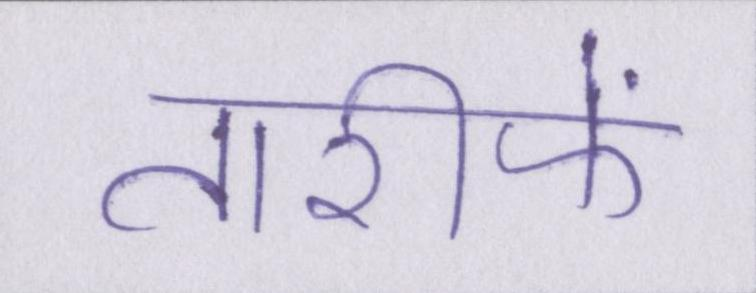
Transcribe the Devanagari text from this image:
तारीफें